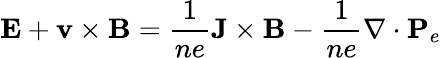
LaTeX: \mathbf{E}+\mathbf{v}\times\mathbf{B}=\frac{1}{ne}\mathbf{J}\times\mathbf{B}-\frac{1}{ne}\nabla\cdot\mathbf{P}_{e}